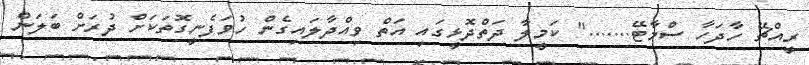
ރީއްޗޭ ހާދަހާ ސްމާޓޭ......." ކަމީލާ ދަތްދޮޅީގައި އަތް ވިއްދާލައިގެން ހުވަފެނީގޮތަކަށް ދުރަށް ބަލަން